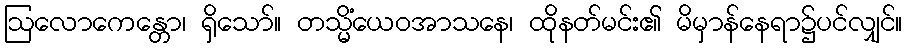
ဩလောကေန္တော၊ ရှိသော်။ တသ္မိံယေဝအာသနေ၊ ထိုနတ်မင်း၏ မိမှာန်နေရာ၌ပင်လျှင်။